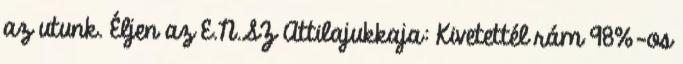
az utunk. Éljen az E.N.SZ Attilajukkaja: Kivetettél rám 98%-os